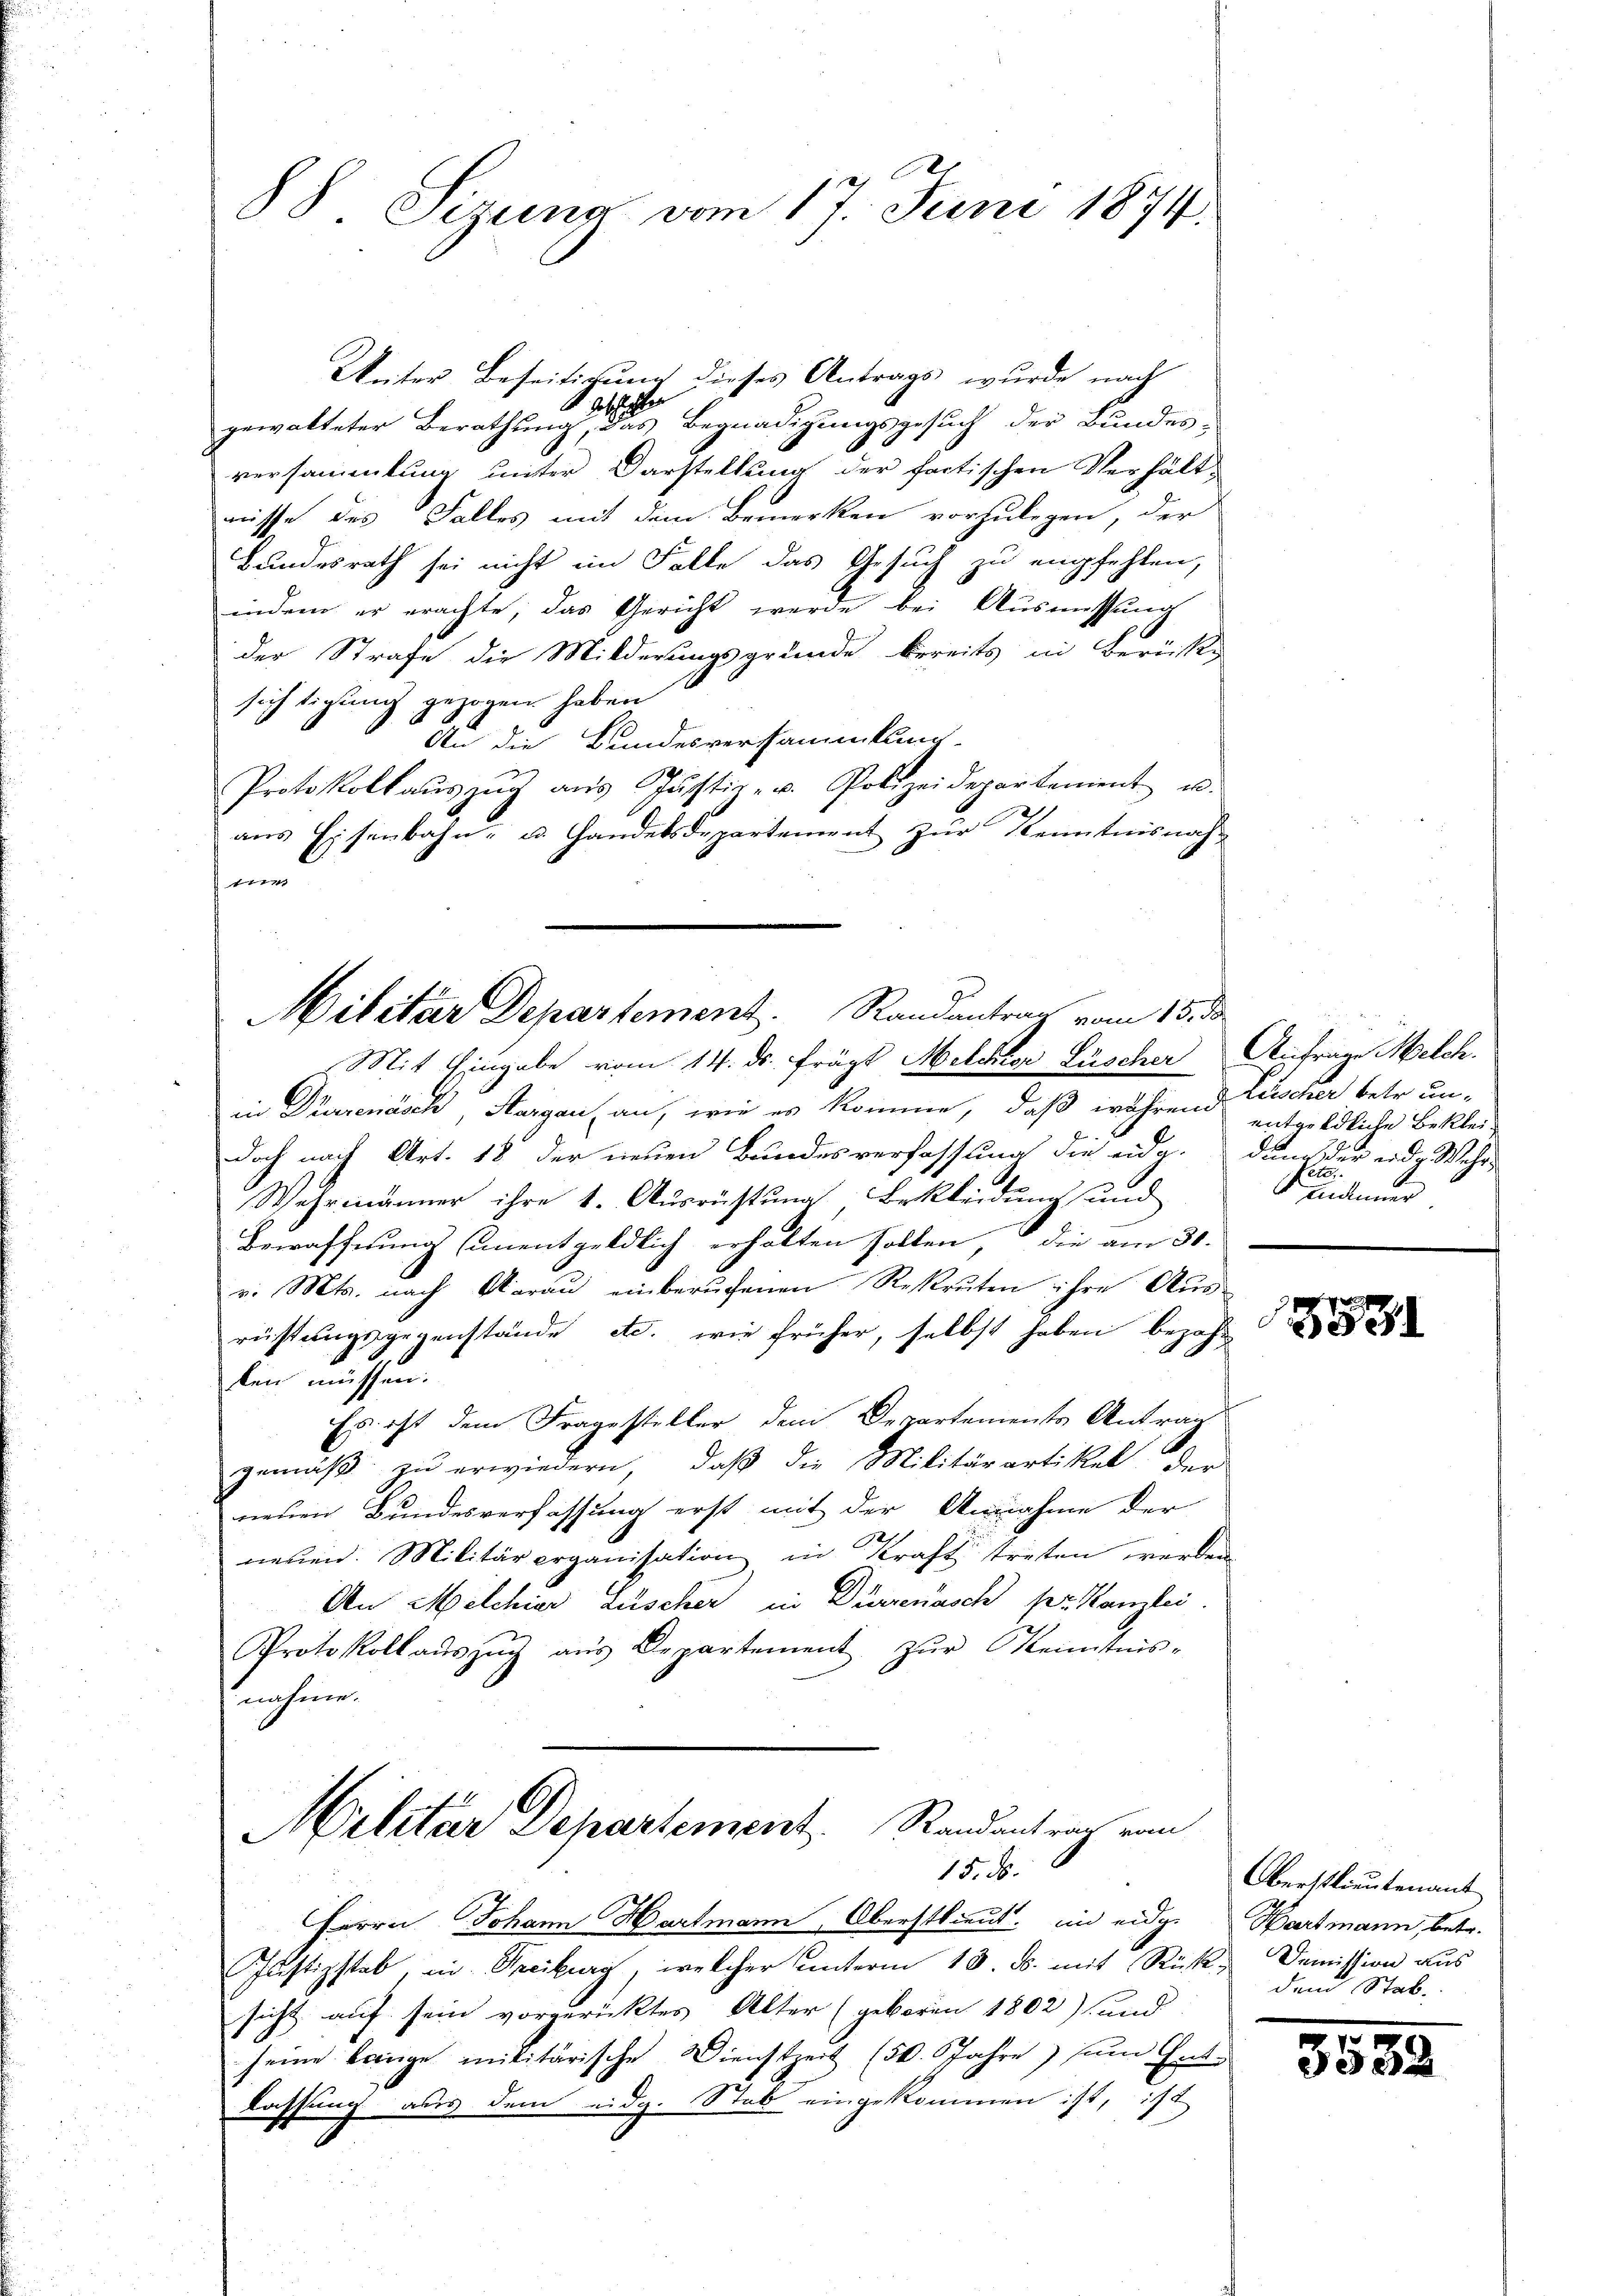
88 Sizung vom 17. Juni 1874.

Weiter Beseitigung dieses Antrags wurde nach
1 gleicher
gewalteter Berathung, das Begnadigungsgesuch der Bundes-
versammlung unter Darstellung der factischen Verhältmisse des Falles mit dem Bemerken vorzulegen, der
Bundesrath sei nicht im Falle das Gesuch zu empfehlen,
indem er erachte, das Gericht werde bei Ausmessung
der Strafe die Milderungsgründe bereits in Berückg
sichtigung gezogen haben
An die Bundesversammlung
Protokollaŭszŭg aŭs Jŭstiz- u. Polizeidepartement u.
aus Eisenbahn- u. Handelsdepartement zur Kenntnisnah-
f

Militar Departement. Randantrag vom 15. de

Mit Eingabe vom 14. ds. frägt Melchior Lüscher Anfrage Melch.
in Dürrenasch, Margau, an, wie es komme, daß während Zuscher betr. un-
doch nach Art. 18 der neuen Bundesverfassung die eidg. Durch der eidg Wehr-
Wehrmänner ihre 1. Ausrüstung Bekleidung und
Bewaffnung unentgeldlich erhalten holten, die am 30.
v. Mts. nach darau einberufenen Rekruten ihre Aus-
rüstungsgegenstände etc. wie früher, selbst haben bezahl
len müssen:
Es ist dem Fragesteller dem Departements Antrag
gemäβ zŭ erwiedern, daβ die Militärartikel der
neuen Bundesverfassung erst mit der Annahme der
neuen. Militärorganisation in Kraft treten werden
An Melchior Lüscher in Dürrenasch per Kanzlei.
Protokoll aŭszŭg aŭs Departement zŭr Kenntnis-
nehmen.

Militar Departement. Randantrag von
15. d.

Herrn Johann Hartmann, Oberstlieut. in eidg.
Justizstab, in Freiburg, welcher Unterm 18. ds. mit Rück. Demission aus
sicht auf sein vorgerücktes Alter (geboren 1802) und
seine Lange militärische Dienstzeit (50. Jahre) zum Ent-
lassung aus dem eidg. Stab eingekommen ist, ist

entgeldliche Beklei¬
Kunderung

Oberstlieutenant
Wartmann, betr.
den Stab.

3535